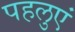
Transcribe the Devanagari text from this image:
पहलुएं